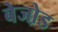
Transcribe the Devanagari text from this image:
बेजो़ड